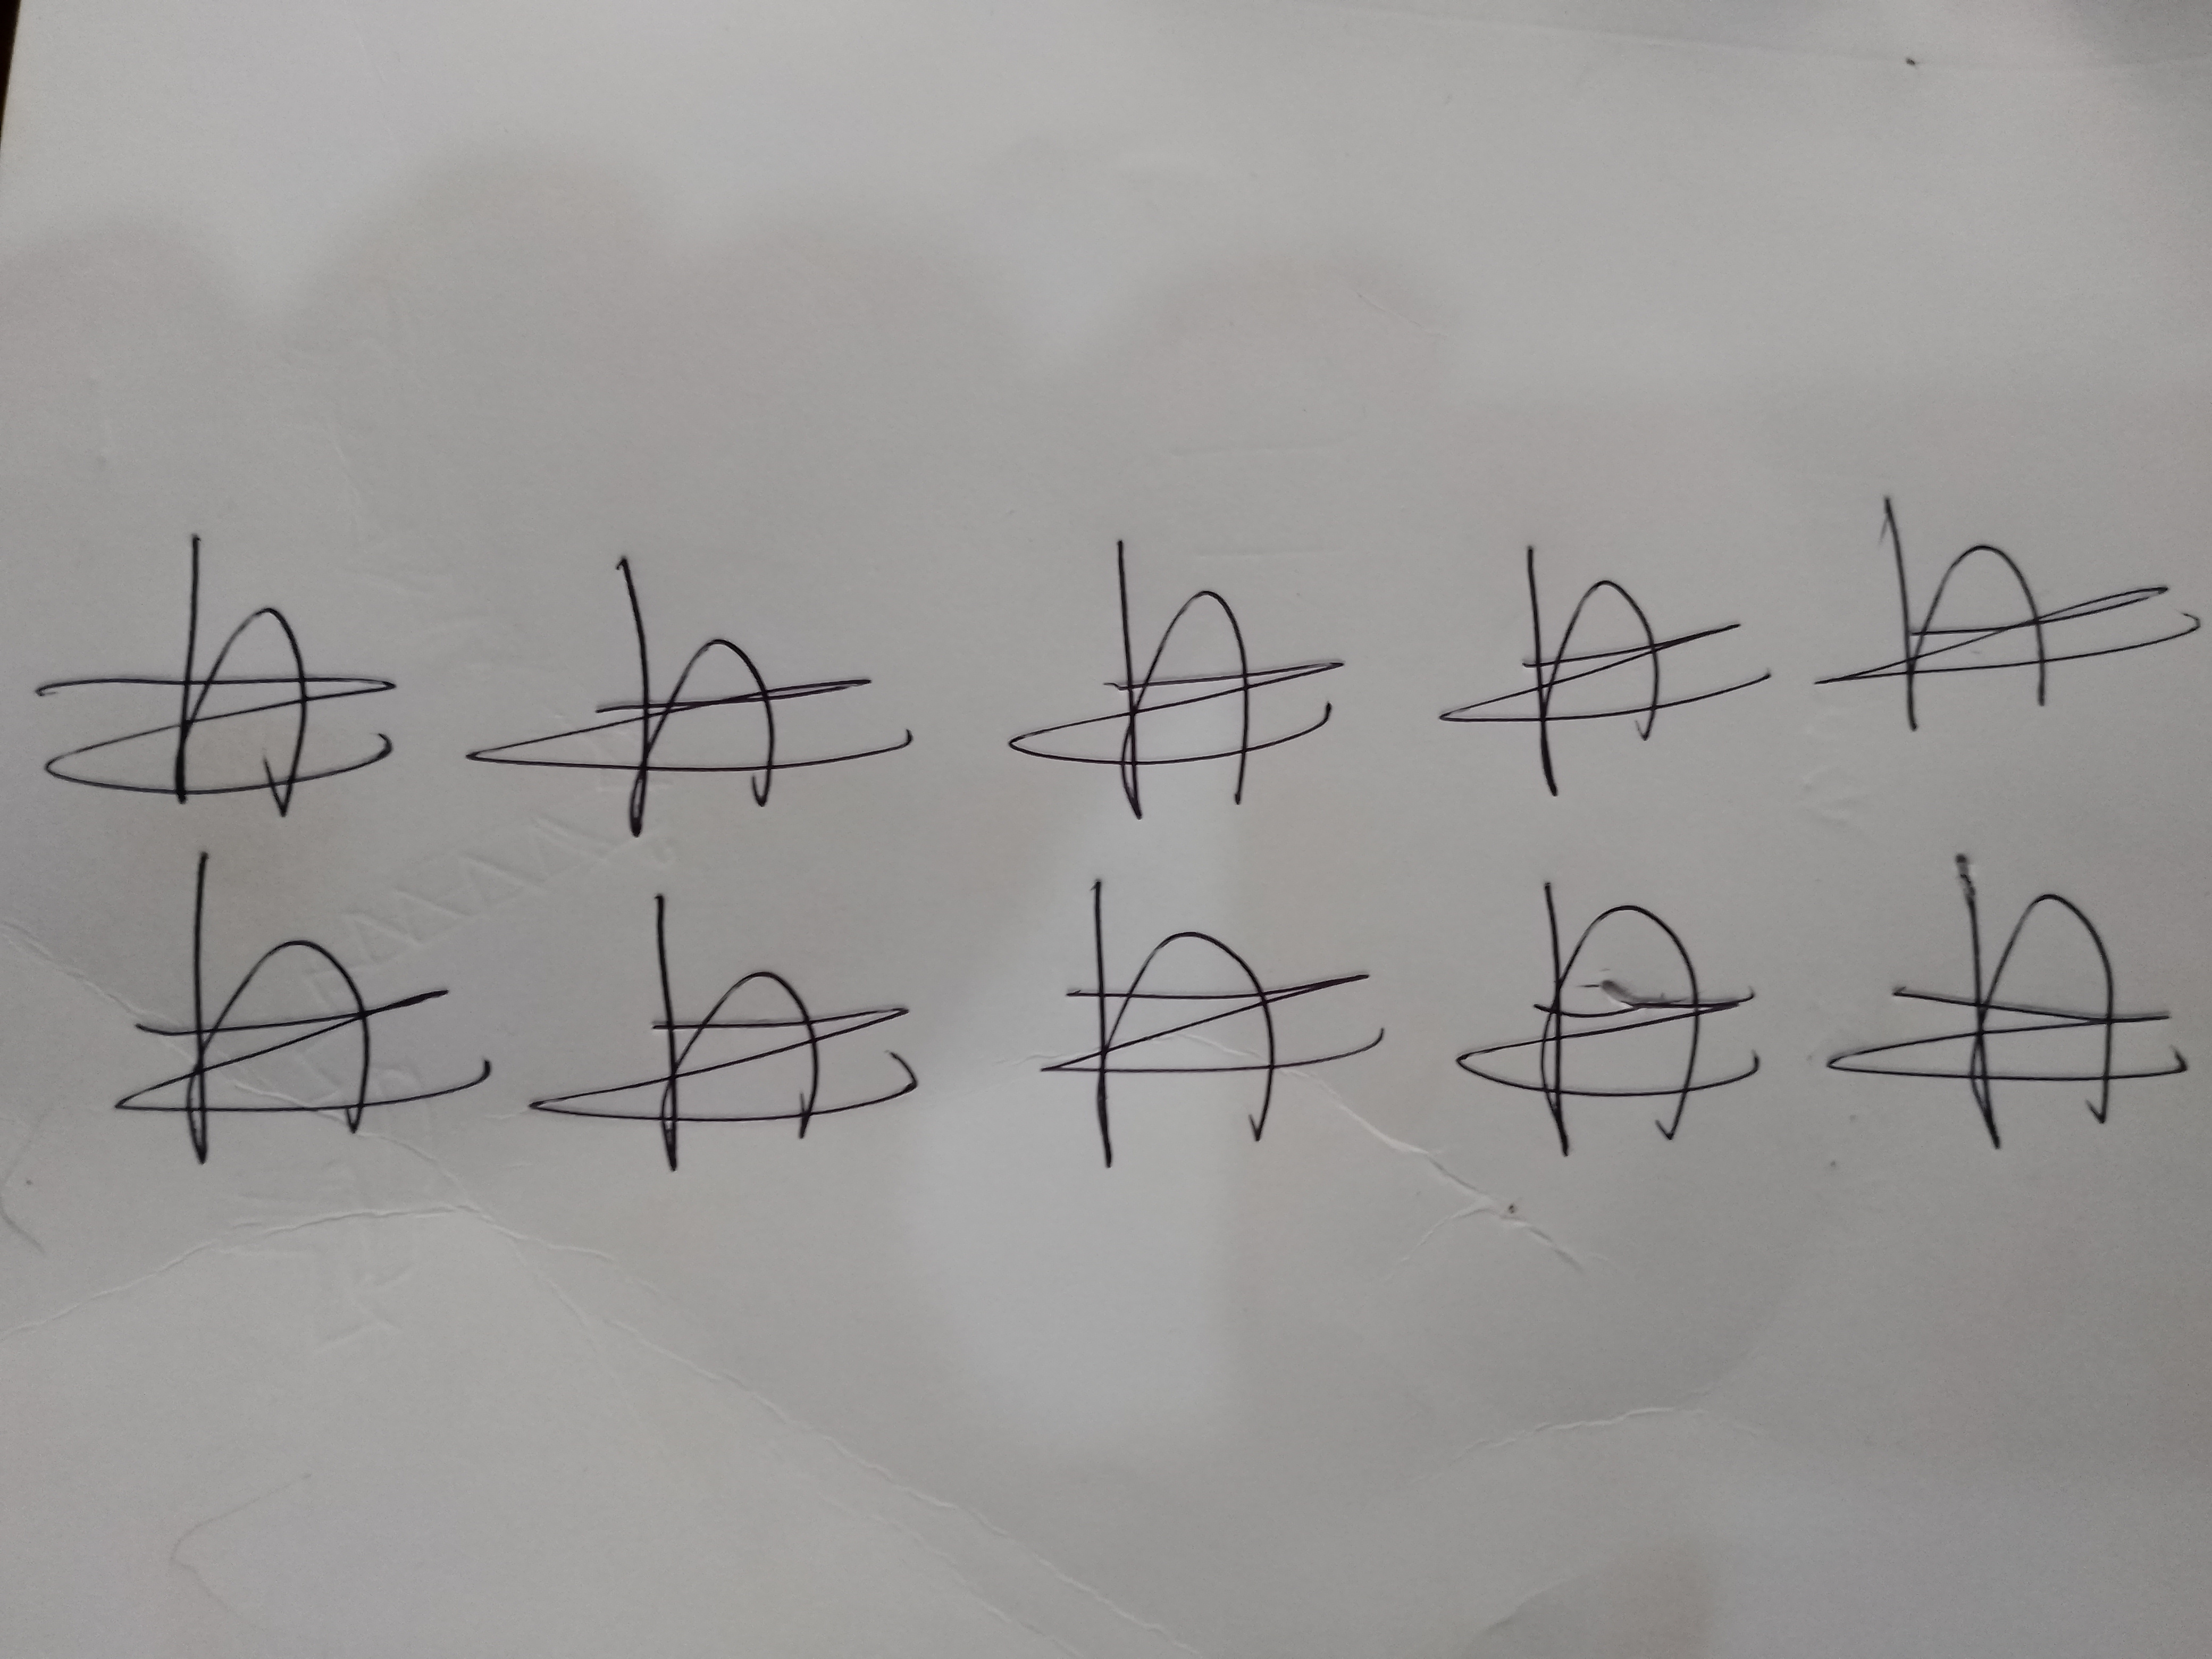
Signature authenticity: genuine